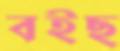
বইছ